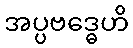
အပ္ပဗဒ္ဓေဟိ